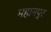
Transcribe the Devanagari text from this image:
महानपुर